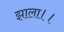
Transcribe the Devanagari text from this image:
झाला।।